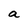
Character: a